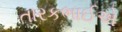
તારકભાઈએ